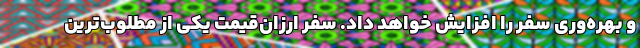
و بهره‌وری سفر را افزایش خواهد داد. سفر ارزان‌قیمت یکی از مطلوب‌ترین